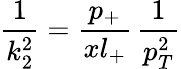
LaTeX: \frac{1}{k_{2}^{2}}=\frac{p_{+}}{xl_{+}}\, \frac{1}{p_{T}^{2}}